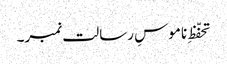
تحفّظِ ناموسِ رسالت نمبر۔